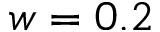
w = 0 . 2